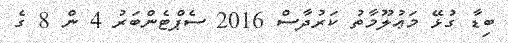
ބިޑާ ގުޅޭ މަޢުލޫމާތު ކަރުދާސް 2016 ސެޕްޓެންބަރު 4 ން 8 ގެ